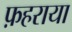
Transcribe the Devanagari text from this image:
फ़हराया